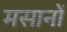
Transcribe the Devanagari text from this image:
मसानों